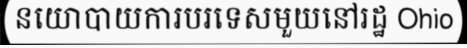
នយោបាយការបរទេសមួយនៅរដ្ឋ Ohio